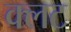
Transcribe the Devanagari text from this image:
क्लट